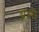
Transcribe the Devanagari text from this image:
धूमो